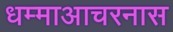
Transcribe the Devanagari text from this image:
धम्माआचरनास